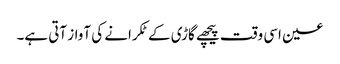
عین اسی وقت پیچھے گاڑی کے ٹکرانے کی آواز آتی ہے۔